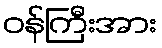
ဝန်ကြီးအား